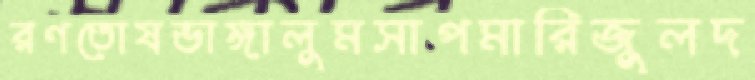
রণতোষভাঙ্গালুমসাপমারিজুলদ